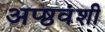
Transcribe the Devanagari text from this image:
अप्ष्ठवंशी